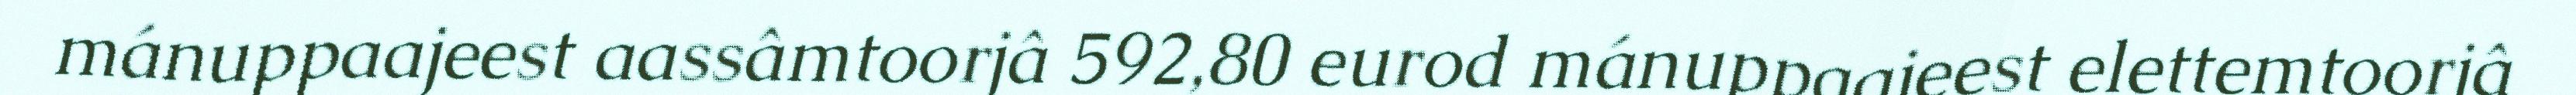
mánuppaajeest aassâmtoorjâ 592,80 eurod mánuppaajeest elettemtoorjâ